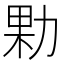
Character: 𭄰